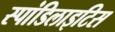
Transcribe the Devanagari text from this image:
स्पांडिलाइटिस